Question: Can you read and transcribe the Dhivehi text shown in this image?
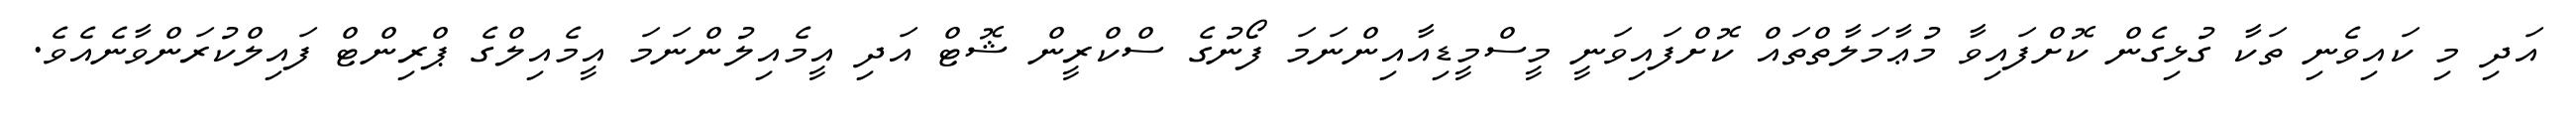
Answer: އަދި މި ކައިވެނި ތަކާ ގުޅިގެން ކޮށްފައިވާ މުޢާމަލާތްތައް ކޮށްފައިވަނީ މީސްމީޑިއާއިންނަމަ ފޯނުގެ ސްކްރީން ޝޮޓް އަދި އީމެއިލުންނަމަ އީމެއިލްގެ ޕްރިންޓް ފައިލްކުރަންވާނެއެވެ.